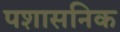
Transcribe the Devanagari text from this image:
पशासनिक